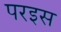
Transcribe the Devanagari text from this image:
परइस